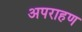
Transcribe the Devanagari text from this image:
अपराहण